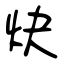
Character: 炔